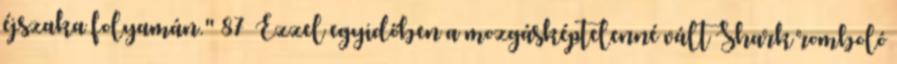
éjszaka folyamán." 87 Ezzel egyidőben a mozgásképtelenné vált Shark romboló